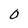
Character: 0